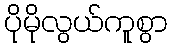
ပိုမိုလွယ်ကူစွာ